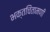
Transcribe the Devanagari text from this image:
भक्तचिंतामणी